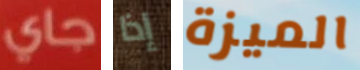
جاي إذا الميزة